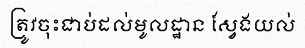
ត្រូវចុះជាប់ដល់មូលដ្ឋាន ស្វែងយល់